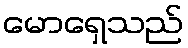
မောရှေသည်